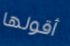
أقولها